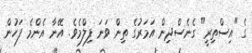
ގެ "އިސްތިރީ" ގެނެސްދިން އަމަރުގެ ތިން ވަނަ ފިލްމެވެ. އޭނާ އެންމެ ފަހުން